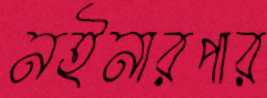
নইনারপার